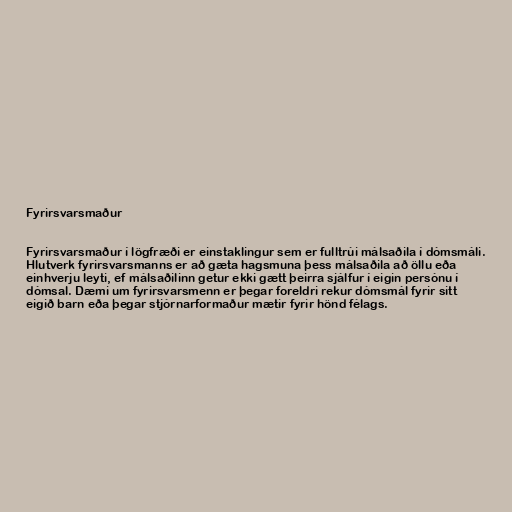
Fyrirsvarsmaður

Fyrirsvarsmaður í lögfræði er einstaklingur sem er fulltrúi málsaðila í dómsmáli.
Hlutverk fyrirsvarsmanns er að gæta hagsmuna þess málsaðila að öllu eða
einhverju leyti, ef málsaðilinn getur ekki gætt þeirra sjálfur í eigin persónu í
dómsal. Dæmi um fyrirsvarsmenn er þegar foreldri rekur dómsmál fyrir sitt
eigið barn eða þegar stjórnarformaður mætir fyrir hönd félags.